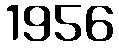
1956